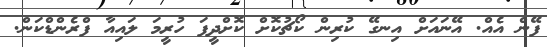
ފޭން އެއް. އޭނައަށް އިނގޭ ކުރިން ކޯޗުކޮށް ކޮށްދީފަ ހުރީމަ ލައިއާ ފްރެންޑްކަން.